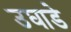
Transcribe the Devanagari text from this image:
उघाडे